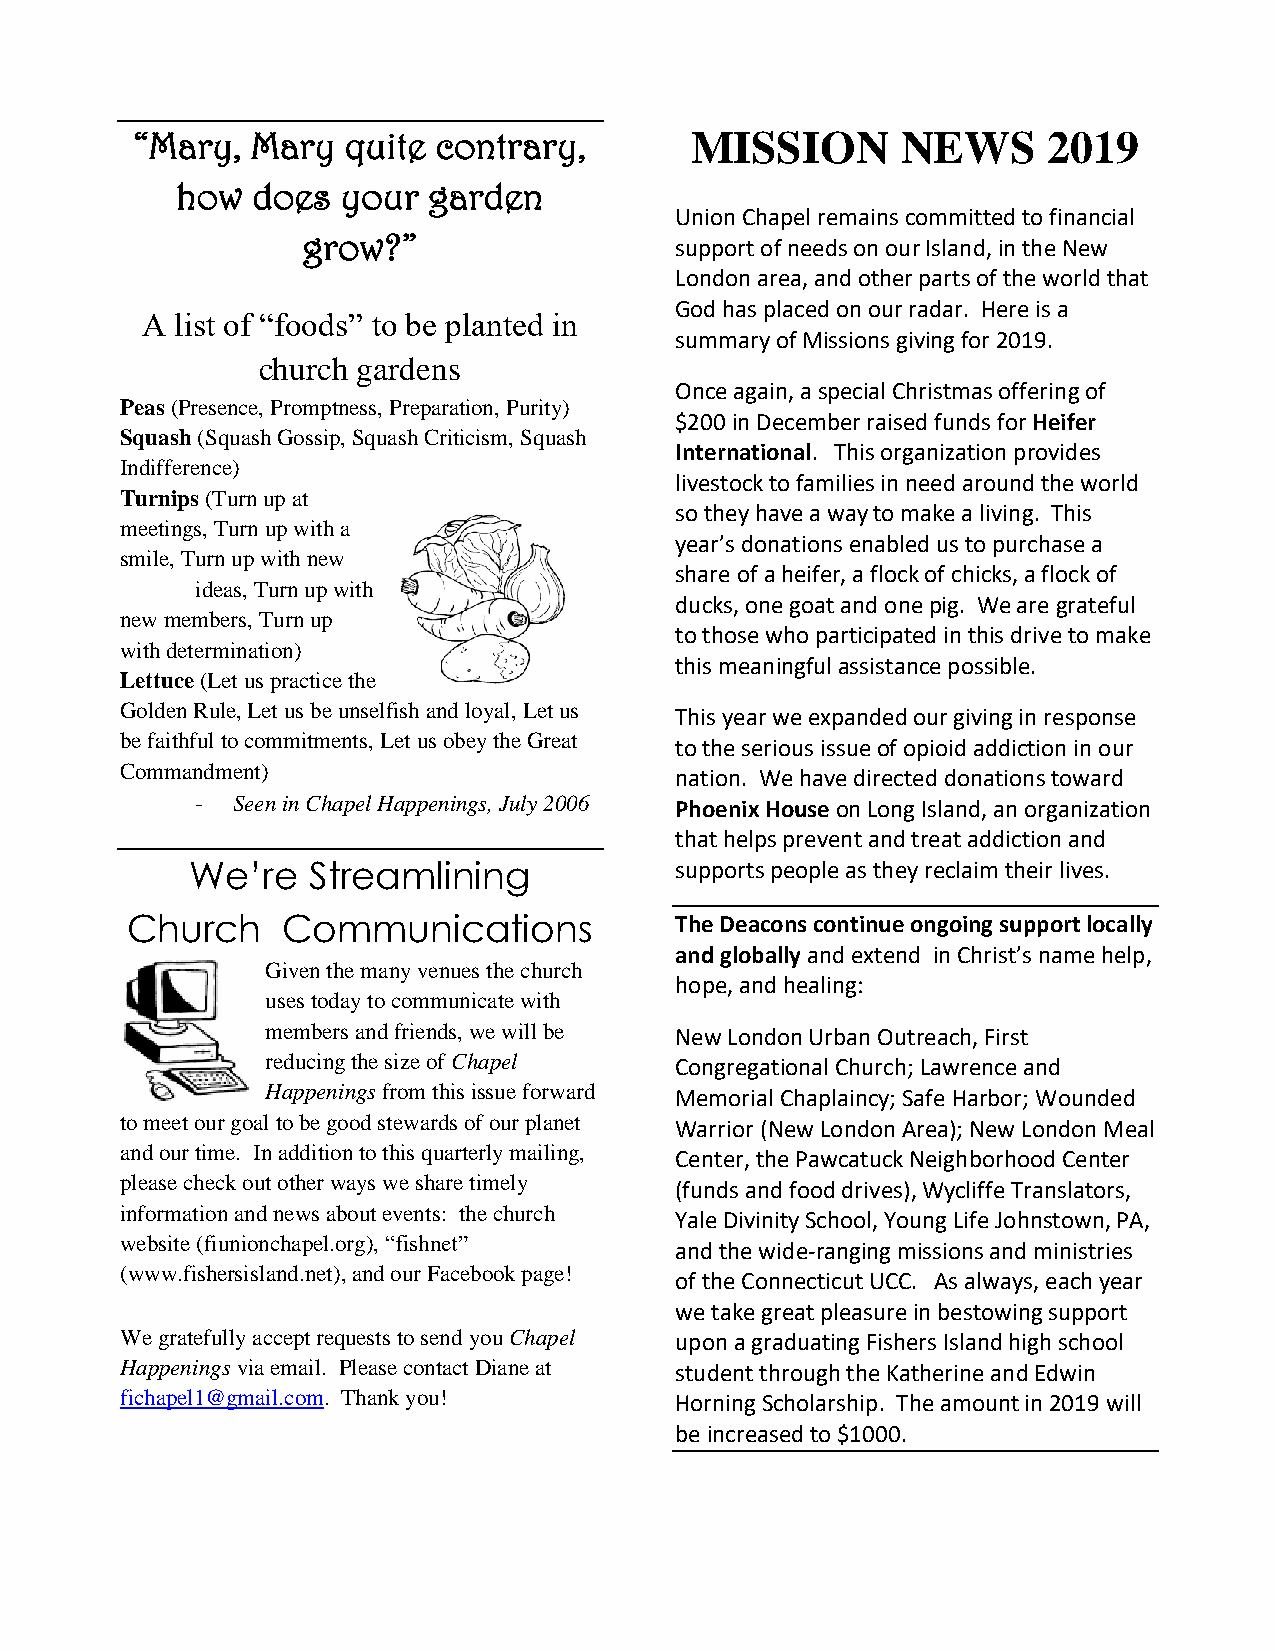
“Mary,  Mary  quite contrary,        MISSION       NEWS     2019
 how  does  your garden
 Union Chapel remains committed to financial
 grow?”                   support of needs on our Island, in the New
 London area, and other parts of the world that
 God has placed on our radar. Here is a
 A  list of “foods” to be planted in
 summary of Missions giving for 2019.
 church gardens
 Once again, a special Christmas offering of
 Peas (Presence, Promptness, Preparation, Purity)
 $200 in December raised funds for Heifer
 Squash (Squash Gossip, Squash Criticism, Squash
 International. This organization provides
 Indifference)
 livestock to families in need around the world
 Turnips (Turn up at
 so they have a way to make a living. This
 meetings, Turn up with a
 year’s donations enabled us to purchase a
 smile, Turn up with new
 share of a heifer, a flock of chicks, a flock of
 ideas, Turn up with
 ducks, one goat and one pig. We are grateful
 new members, Turn up
 to those who participated in this drive to make
 with determination)
 this meaningful assistance possible.
 Lettuce (Let us practice the
 Golden Rule, Let us be unselfish and loyal, Let us
 This year we expanded our giving in response
 be faithful to commitments, Let us obey the Great
 to the serious issue of opioid addiction in our
 Commandment)
 nation. We have directed donations toward
 - Seen in Chapel Happenings, July 2006 Phoenix House on Long Island, an organization
                     that helps prevent and treat addiction and
 We’re  Streamlining             supports people as they reclaim their lives.
 Church     Communications            The Deacons continue ongoing support locally
 and globally and extend in Christ’s name help,
 Given the many venues the church
 hope, and healing:
 uses today to communicate with
 members and friends, we will be New London Urban Outreach, First
 reducing the size of Chapel Congregational Church; Lawrence and
 Happenings from this issue forward Memorial Chaplaincy; Safe Harbor; Wounded
 to meet our goal to be good stewards of our planet
 Warrior (New London Area); New London Meal
 and our time. In addition to this quarterly mailing,
 Center, the Pawcatuck Neighborhood Center
 please check out other ways we share timely
 (funds and food drives), Wycliffe Translators,
 information and news about events: the church
 Yale Divinity School, Young Life Johnstown, PA,
 website (fiunionchapel.org), “fishnet”
 and the wide-ranging missions and ministries
 (www.fishersisland.net), and our Facebook page!
 of the Connecticut UCC. As always, each year
 we take great pleasure in bestowing support
 We gratefully accept requests to send you Chapel upon a graduating Fishers Island high school
 Happenings via email. Please contact Diane at student through the Katherine and Edwin
 fichapel1@gmail.com. Thank you!      Horning Scholarship. The amount in 2019 will
 be increased to $1000.